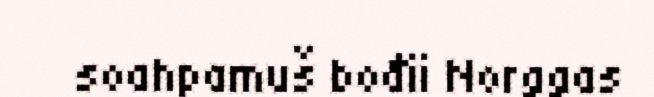
soahpamuš bođii Norggas